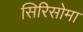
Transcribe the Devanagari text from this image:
सिरिसोमा